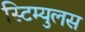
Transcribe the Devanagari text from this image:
स्टिम्युलस